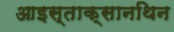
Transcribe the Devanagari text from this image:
आइस्ताक्सानथिन